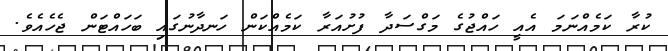
ކުރާ ކަމެއްނަމަ އެއީ ހައްޖުގެ މަގްސަދާ ފުށުއަރާ ކަމެއްކަން ހަނދާނުގައި ބަހައްޓަން ޖެހެއެވެ.